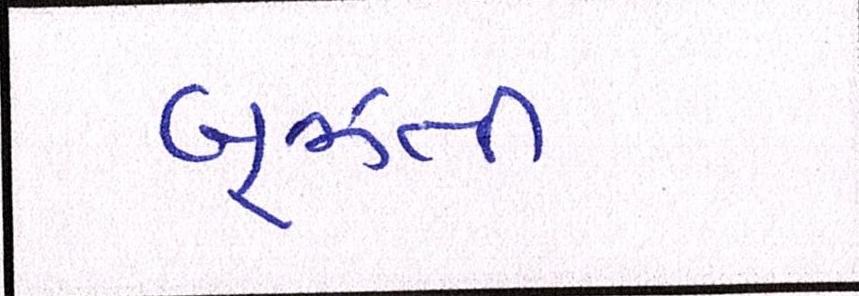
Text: બૂઝતી